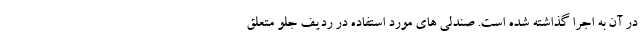
در آن به اجرا گذاشته شده است. صندلی های مورد استفاده در ردیف جلو متعلق